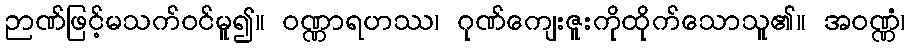
ဉာဏ်ဖြင့်မသက်ဝင်မူ၍။ ဝဏ္ဏာရဟဿ၊ ဂုဏ်ကျေးဇူးကိုထိုက်သောသူ၏။ အဝဏ္ဏံ၊